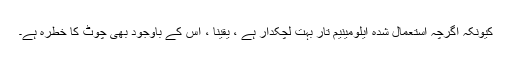
کیونکہ اگرچہ استعمال شدہ ایلومینیم تار بہت لچکدار ہے ، یقینا ، اس کے باوجود بھی چوٹ کا خطرہ ہے۔